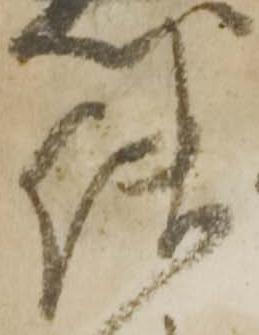
使